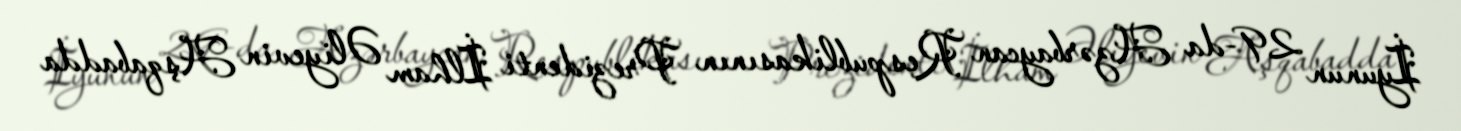
İyunun 29-da Azərbaycan Respublikasının Prezidenti İlham Əliyevin Aşqabadda